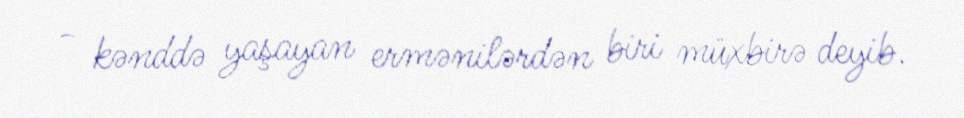
- kənddə yaşayan ermənilərdən biri müxbirə deyib.